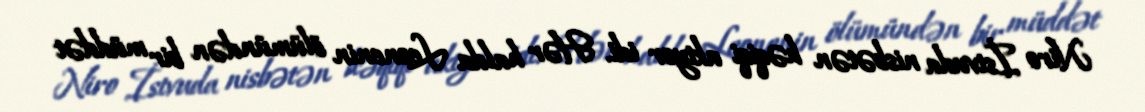
Niro İstvuda nisbətən həqiqi aktyor idi. Hər halda Leonenin ölümündən bir müddət